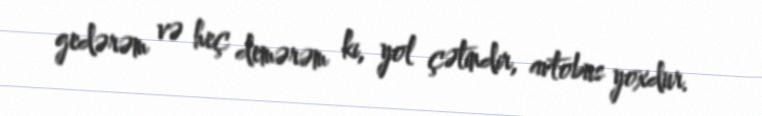
gedərəm və heç demərəm ki, yol çətindir, avtobus yoxdur.